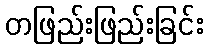
တဖြည်းဖြည်းခြင်း